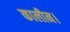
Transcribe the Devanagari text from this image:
कालीन।